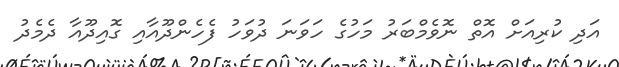
އަދި ކުރިއަށް އޮތް ނޮވެމްބަރު މަހުގެ ހަވަނަ ދުވަހު ފެހެންދޫއާއި ގޮއިދޫއާ ދެމެދު